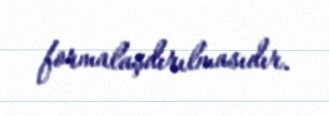
formalaşdırılmasıdır.